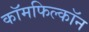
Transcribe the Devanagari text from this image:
कॉमफिल्कॉन